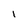
Character: I